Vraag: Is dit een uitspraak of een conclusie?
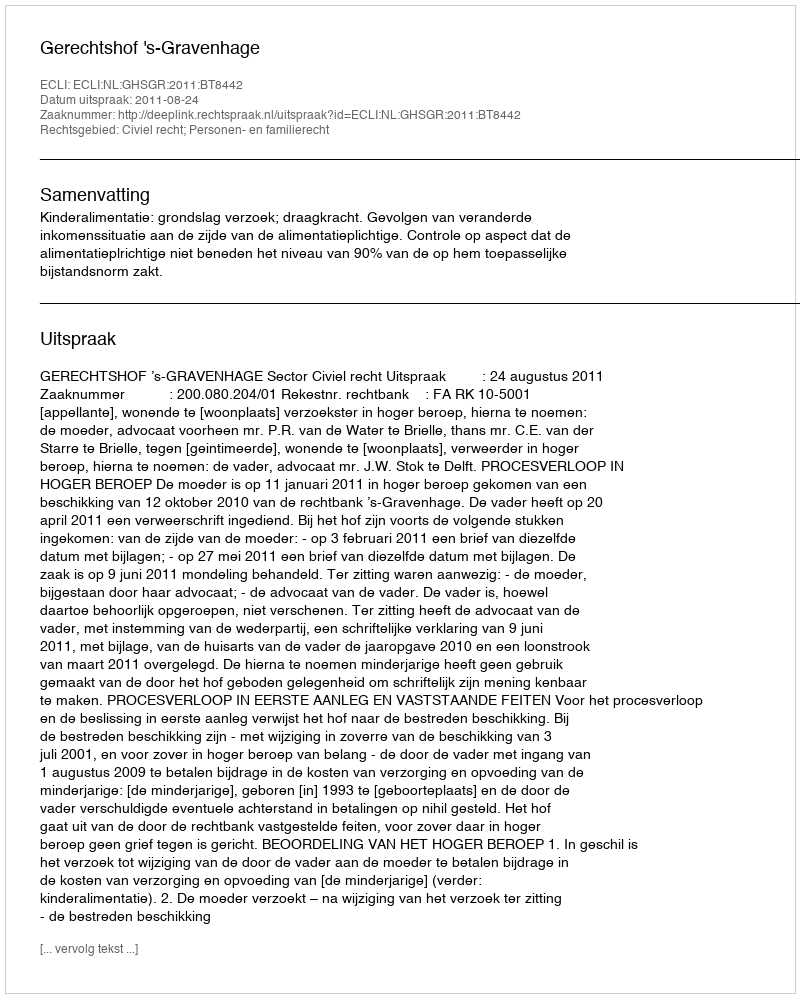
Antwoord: Uitspraak